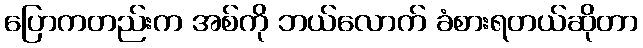
ပြောကတည်းက အစ်ကို ဘယ်လောက် ခံစားရတယ်ဆိုတာ